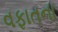
વફાતના